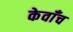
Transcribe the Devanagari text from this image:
केवाँच